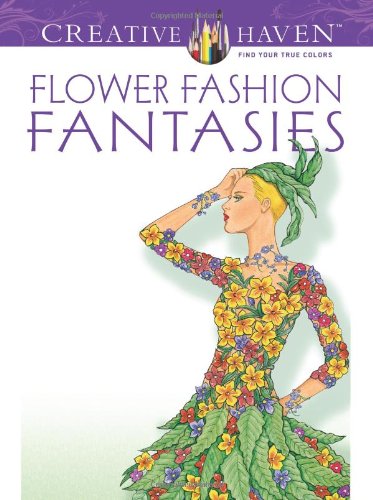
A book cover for Dover Publications Flower Fashion Fantasies (Creative Haven Coloring Books); Ming-Ju Sun; Arts & Photography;